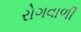
રોગવાળી